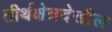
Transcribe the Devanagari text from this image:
तीर्थक्षेत्रदेखील